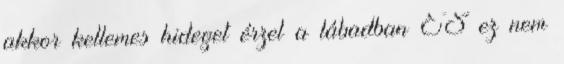
akkor kellemes hideget érzel a lábadban ÉS ez nem